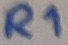
Text: R1